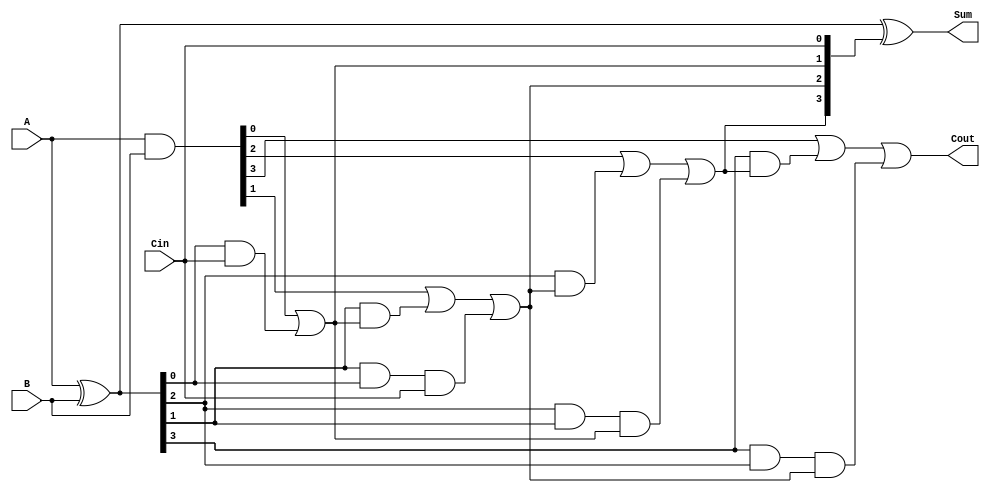
module RippleCarryLookaheadAdder #(parameter n = 4) (
    input  [n-1:0] A,       // First n-bit input
    input  [n-1:0] B,       // Second n-bit input
    input        Cin,        // Carry-in
    output [n-1:0] Sum,      // n-bit Sum output
    output       Cout        // Carry-out
);

    // Generate and Propagate signals
    wire [n-1:0] G; // Generate signals
    wire [n-1:0] P; // Propagate signals
    wire [n:0] C;   // Carry signals

    // Generate and Propagate Logic
    assign G = A & B;         // G[i] = A[i] & B[i]
    assign P = A ^ B;         // P[i] = A[i] ^ B[i]

    // Carry Calculation
    assign C[0] = Cin;        // C[0] = Cin
    generate
        genvar i;
        for (i = 0; i < n; i = i + 1) begin : carry_calc
            if (i == 0) begin
                assign C[i + 1] = G[i] | (P[i] & C[i]); // C[1] = G[0] | (P[0] & Cin)
            end else begin
                assign C[i + 1] = G[i] | (P[i] & C[i]) | (P[i] & P[i-1] & C[i-1]); // C[i+1] = G[i] | (P[i] & C[i]) | (P[i] & P[i-1] & C[i-1])
            end
        end
    endgenerate

    // Sum Calculation
    assign Sum = P ^ C[n-1:0]; // Sum[i] = P[i] ^ C[i]

    // Carry-out
    assign Cout = C[n]; // Cout = C[n]

endmodule